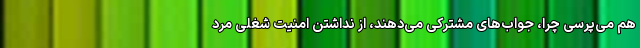
هم می‌پرسی چرا، جواب‌های مشترکی می‌دهند، از نداشتن امنیت شغلی مرد